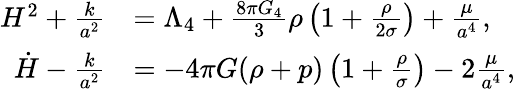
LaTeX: \begin{array}{rl}{H^{2}+\frac{k}{a^{2}}}&{=\Lambda_{4}+\frac{8\pi G_{4}}{3}\rho\left(1+\frac{\rho}{2\sigma}\right)+\frac{\mu}{a^{4}},}\\ {\dot{H}-\frac{k}{a^{2}}}&{=-4\pi G(\rho+p)\left(1+\frac{\rho}{\sigma}\right)-2\frac{\mu}{a^{4}},}\end{array}